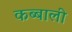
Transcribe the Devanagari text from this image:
कब्बाली